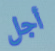
أجل